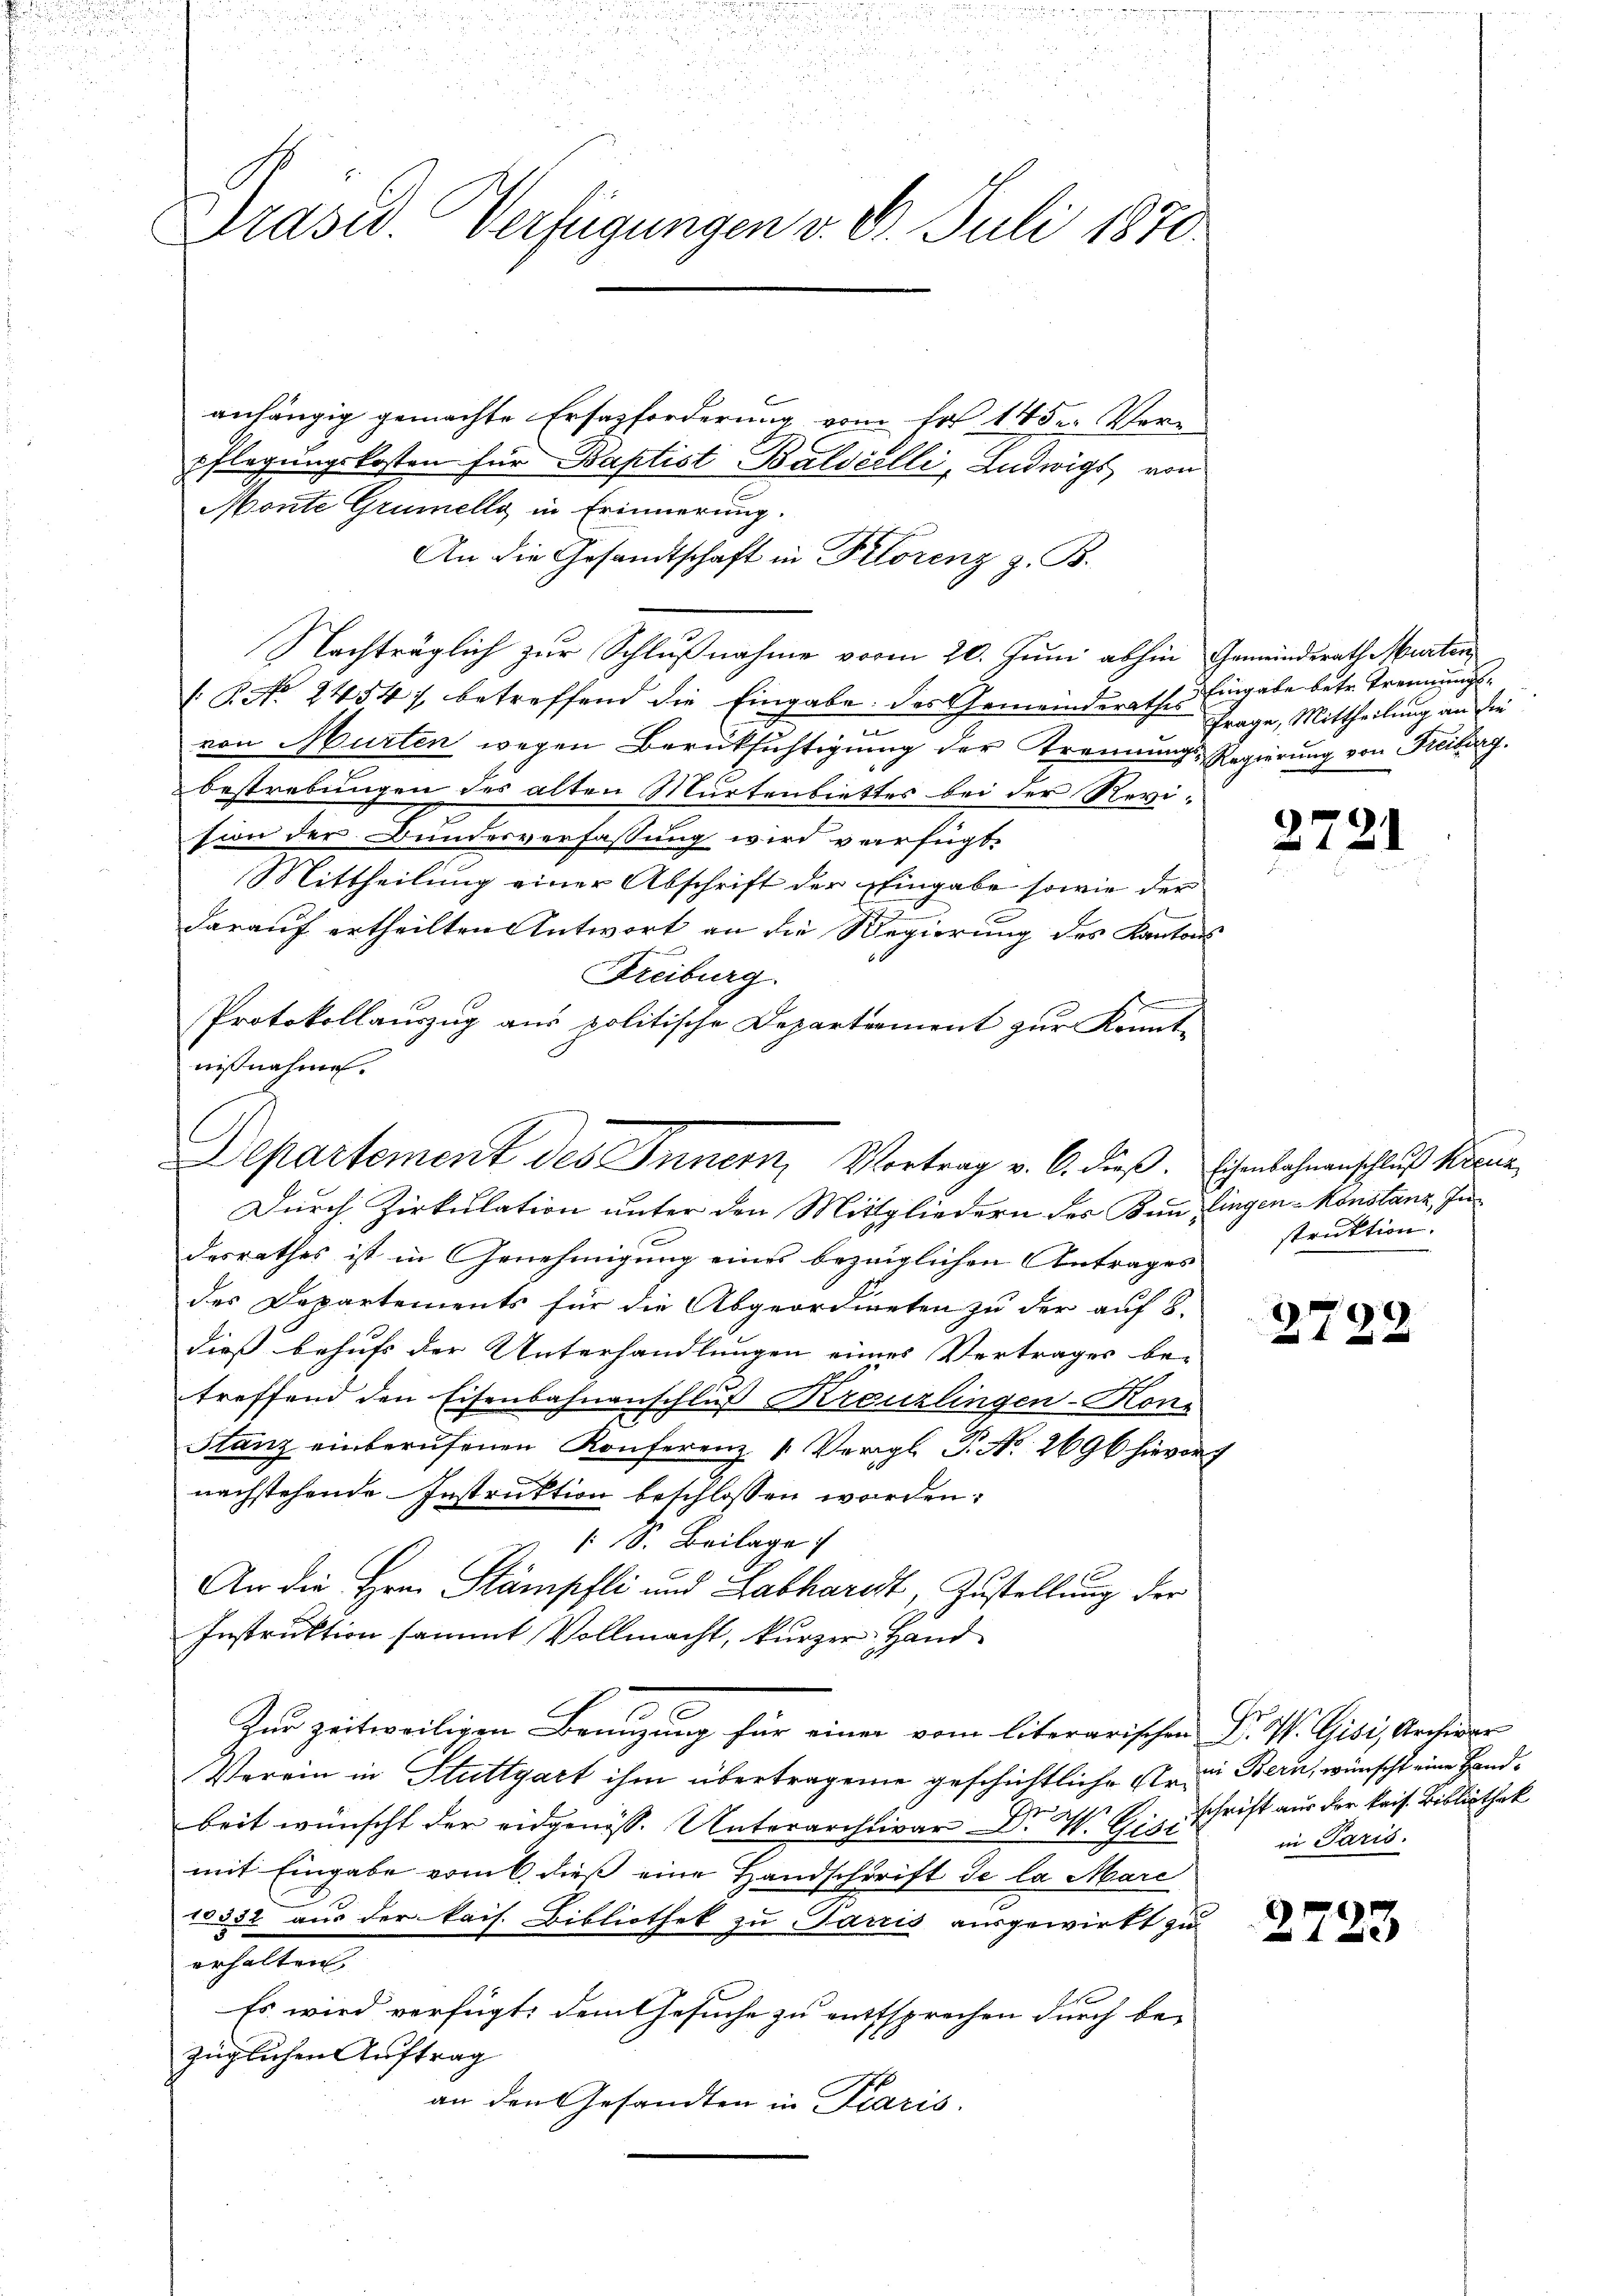
u

u
.
1
1

3
Präsid. Verfügungen v. 3. Juli 1870
anhängig gemachte Ersazforderung vom Fr. 145. Ver-
pflegungskosten für Baptist Baldeilli, Ludwigs von

Monte Grumelly in Erinnerung.
An die Gesandtschaft in Pilorenz z. B.
Nachträglich zur Schlußnahme vorm 20. Juni abhin Gemeinderath Murten,
 P. No. 2454), betreffend die Eingabe des Gemeinderathes
von Murten wegen Berüksichtigung der Trennungs-Regierung von Freiberg.
bestrebungen des alten Murtenbiettes bei der Revision der Bunderverfassung wird verfügt:
Mittheilung einer Abschrift der Eingabe sowie der
darauf ertheilten Antwort an die Regierung des Kantons
Freiburg.
Protokollauszug aus politische Departement zur Kennt-
nißnahme.

Departement des Innern, Vortrag v. 6. dieß. Ehenbahnenschluß kame

Durch Zirkulation unter den Mittgliedern des Zum lingen Konstanz, Indesrathes ist in Genehmigung eines bezeiglichen Antrages
des Departements für die Abgeordneten zu der auf 8.
dieß behufs der Unterhandlungen eines Vertrages be-
treffend den Eisenbahnenschluß Kreuzlingen-Kone
Stanz einberufenen Konferenz " Vergl. P. No 2696 hievor
nachstehende Instruktion beschlossen worden:
/10. Beilage
9 f 2
An die Hrn. Stämpfli und Labhardt, Zustellung der
Instruktion sammt Vollmacht, kurzer Hand¬
Zur zeitweiligen Benügung für einer vom literarischen Dr. P. Gibi, Archivar
Verein in Stuttgart ihm übertragene geschichtliche Errei Bern, wünscht eine Handbeit wünscht der eidgenöss. Unterarchivar Dr. W. Hirschrift aus der kais. Bibliothek
mit Eingabe vom 6. dieß eine Handschrift de la Marc
10532 aus der kais. Bibliothek zu Sarris ausgewirkt zu
erhalten.
Es wird verfügt, dem Gesuche zu entsprechen durch be-
züglichen Auftrag
an den Gesandten in Paris.

Eingabe betr. Trennungsfrage, Mittheilung an die

2721

struktion.

2722

in Paris.

2723